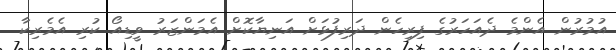
އުމުރުން އެންމެ ދެއަހަރުގެ ފިރިހެން ދަރިފުޅަށް އަނިޔާކޮށް އެމަންޒަރު ވީޑިއޯ ކުރި އެމެރިކާ